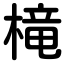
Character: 槞